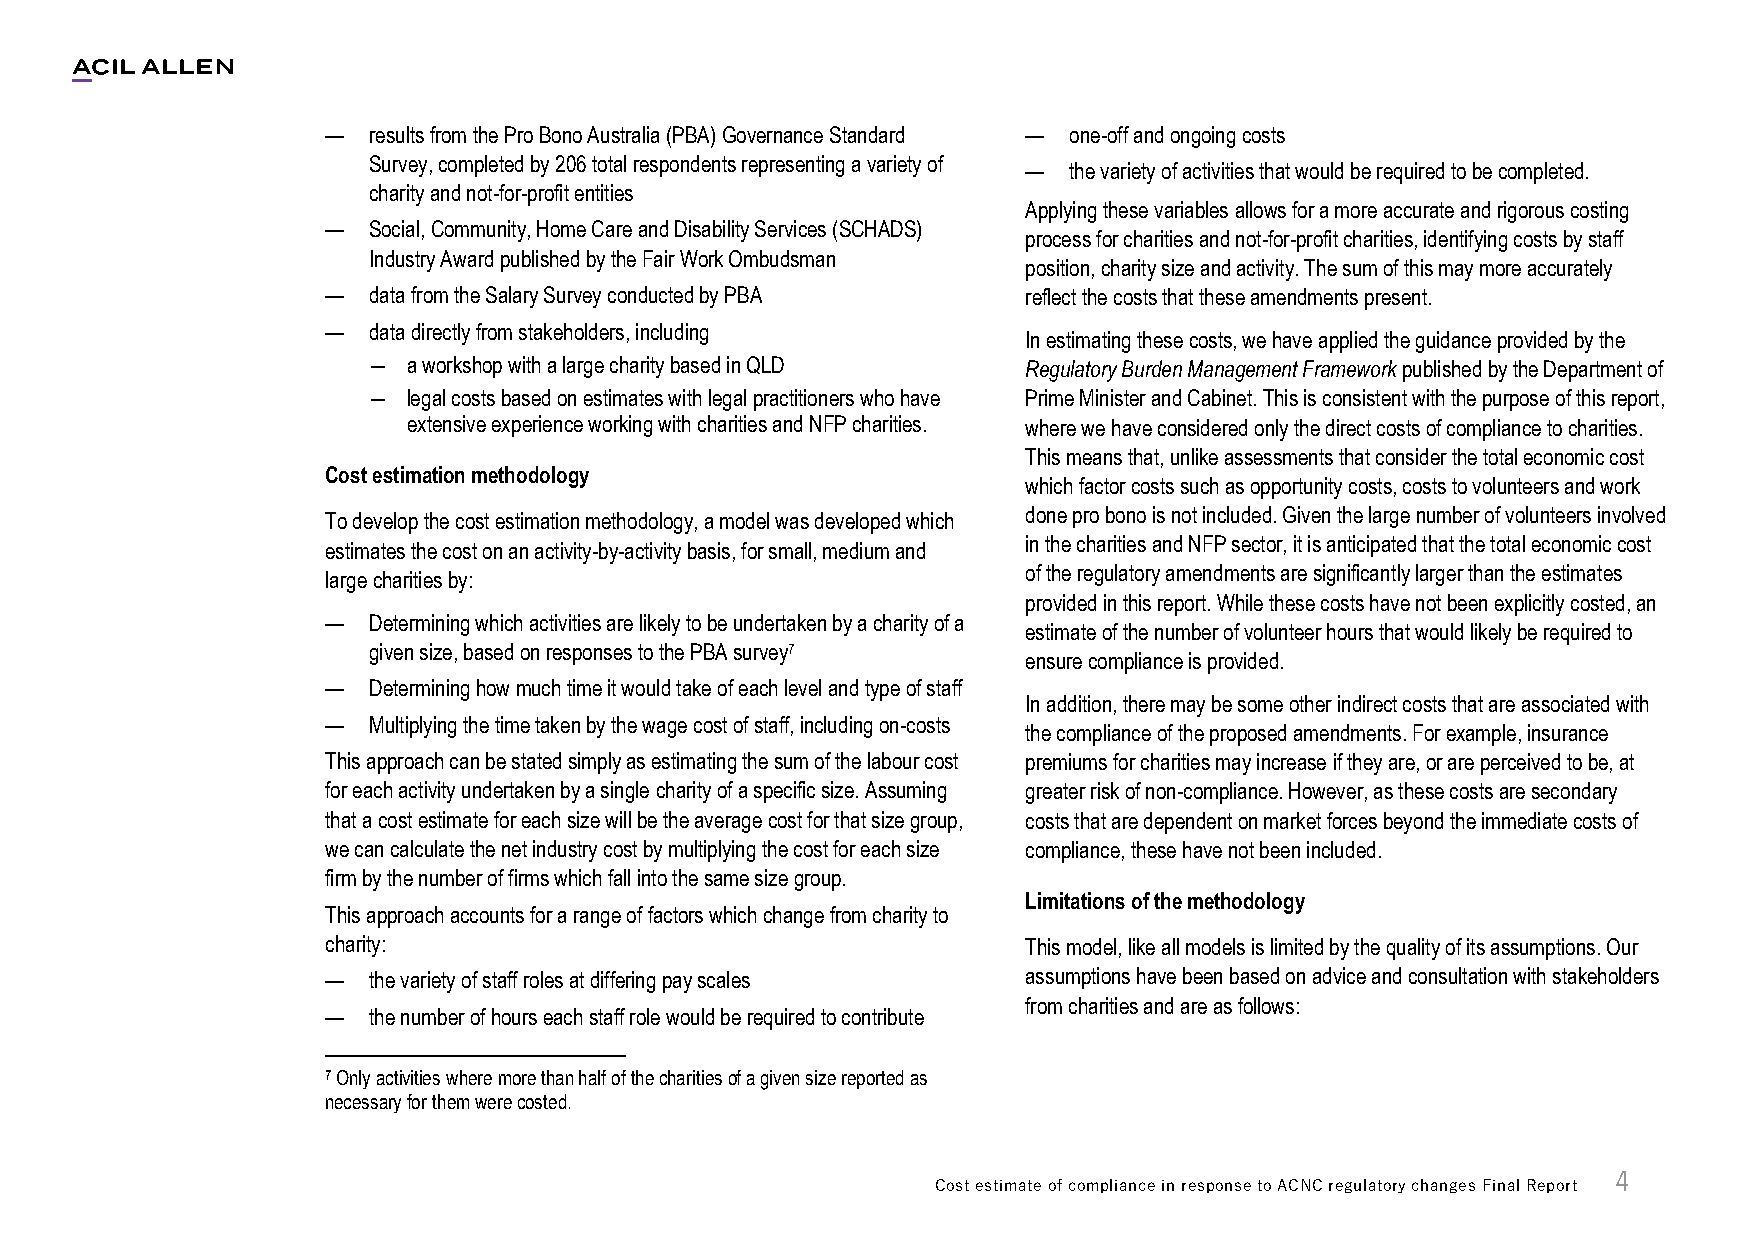
— results from the Pro Bono Australia (PBA) Governance Standard — one-off and ongoing costs
 Survey, completed by 206 total respondents representing a variety of
 —  the variety of activities that would be required to be completed.
 charity and not-for-profit entities
 Applying these variables allows for a more accurate and rigorous costing
 — Social, Community, Home Care and Disability Services (SCHADS)
 process for charities and not-for-profit charities, identifying costs by staff
 Industry Award published by the Fair Work Ombudsman
 position, charity size and activity. The sum of this may more accurately
 — data from the Salary Survey conducted by PBA reflect the costs that these amendments present.
 — data directly from stakeholders, including
 In estimating these costs, we have applied the guidance provided by the
 ―  a workshop with a large charity based in QLD Regulatory Burden Management Framework published by the Department of
 ―  legal costs based on estimates with legal practitioners who have Prime Minister and Cabinet. This is consistent with the purpose of this report,
 extensive experience working with charities and NFP charities. where we have considered only the direct costs of compliance to charities.
 This means that, unlike assessments that consider the total economic cost
 Cost estimation methodology
 which factor costs such as opportunity costs, costs to volunteers and work
 To develop the cost estimation methodology, a model was developed which done pro bono is not included. Given the large number of volunteers involved
 in the charities and NFP sector, it is anticipated that the total economic cost
 estimates the cost on an activity-by-activity basis, for small, medium and
 of the regulatory amendments are significantly larger than the estimates
 large charities by:
 provided in this report. While these costs have not been explicitly costed, an
 — Determining which activities are likely to be undertaken by a charity of a
 estimate of the number of volunteer hours that would likely be required to
 given size, based on responses to the PBA survey7
 ensure compliance is provided.
 — Determining how much time it would take of each level and type of staff
 In addition, there may be some other indirect costs that are associated with
 — Multiplying the time taken by the wage cost of staff, including on-costs
 the compliance of the proposed amendments. For example, insurance
 This approach can be stated simply as estimating the sum of the labour cost premiums for charities may increase if they are, or are perceived to be, at
 for each activity undertaken by a single charity of a specific size. Assuming greater risk of non-compliance. However, as these costs are secondary
 that a cost estimate for each size will be the average cost for that size group, costs that are dependent on market forces beyond the immediate costs of
 we can calculate the net industry cost by multiplying the cost for each size compliance, these have not been included.
 firm by the number of firms which fall into the same size group.
 Limitations of the methodology
 This approach accounts for a range of factors which change from charity to
 charity:                                      This model, like all models is limited by the quality of its assumptions. Our
 — the variety of staff roles at differing pay scales assumptions have been based on advice and consultation with stakeholders
 from charities and are as follows:
 — the number of hours each staff role would be required to contribute
 7 Only activities where more than half of the charities of a given size reported as
 necessary for them were costed.
 4
 Cost estimate of compliance in response to ACNC regulatory changes Final Report